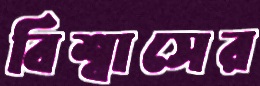
বিশ্বাসের